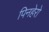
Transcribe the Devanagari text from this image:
पिनहेरो